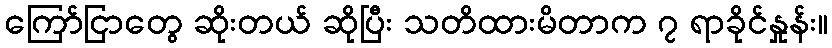
ကြော်ငြာတွေ ဆိုးတယ် ဆိုပြီး သတိထားမိတာက ၇ ရာခိုင်နှုန်း။